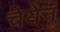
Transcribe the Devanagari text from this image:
चेयेन